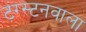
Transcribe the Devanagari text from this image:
टंग्स्टनवाला